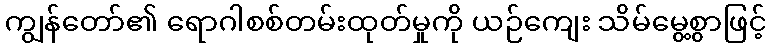
ကျွန်တော်၏ ရောဂါစစ်တမ်းထုတ်မှုကို ယဉ်ကျေး သိမ်မွေ့စွာဖြင့်